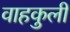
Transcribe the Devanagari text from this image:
वाहकुली